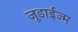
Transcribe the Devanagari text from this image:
जूडाईज्म